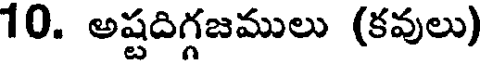
10. అష్టదిగ్గజములు (కవులు)